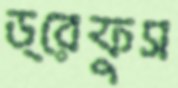
ড্রেফুস